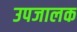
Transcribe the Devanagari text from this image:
उपजालक